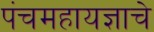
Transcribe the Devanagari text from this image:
पंचमहायज्ञाचे